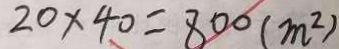
2 0 \times 4 0 = 8 0 0 ( m ^ { 2 } )